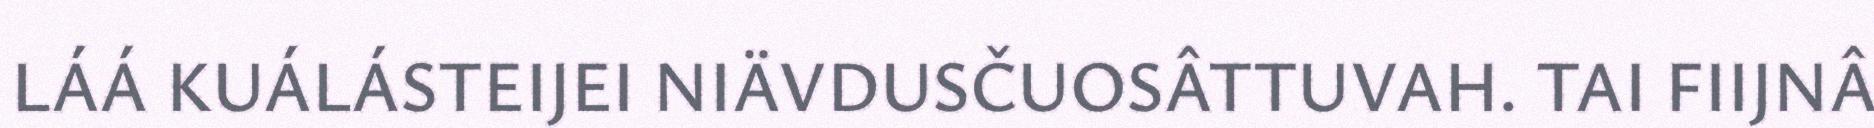
LÁÁ KUÁLÁSTEIJEI NIÄVDUSČUOSÂTTUVAH. TAI FIIJNÂ